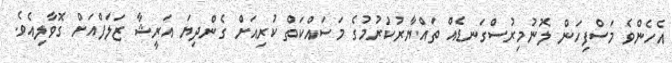
އެހެންވެ މަސްފިހަން ލޮނުމިރުސްގަނޑެއް ތައްޔާރުކުރުމުގެ މަސައްކަތް ކުރިއަށް ގެންދިޔަ އަރީޝާ ޒަލަފްއަށް ގޮވާލިއެވެ.